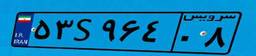
۵۳S۹۶۴۰۸